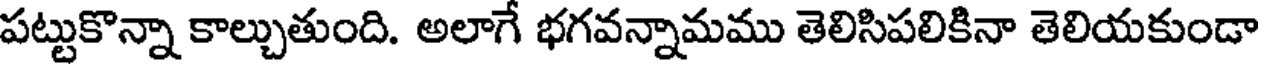
పట్టుకొన్నా కాల్చుతుంది. అలాగే భగవన్నామము తెలిసిపలికినా తెలియకుండా